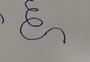
Signature authenticity: forged